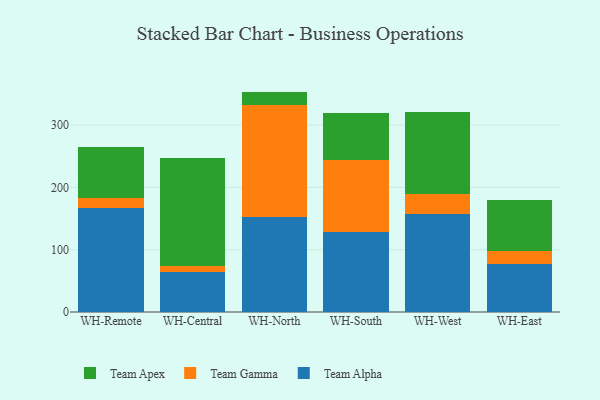
{"axis": {"x": "Warehouse", "y": "Gross Profit (USD K)"}, "legend": ["Team Alpha", "Team Apex", "Team Gamma"], "data": [{"x": "WH-Remote", "y": 167.1, "type": "Team Alpha"}, {"x": "WH-Remote", "y": 16.1, "type": "Team Gamma"}, {"x": "WH-Remote", "y": 81.6, "type": "Team Apex"}, {"x": "WH-Central", "y": 64.0, "type": "Team Alpha"}, {"x": "WH-Central", "y": 9.8, "type": "Team Gamma"}, {"x": "WH-Central", "y": 173.5, "type": "Team Apex"}, {"x": "WH-North", "y": 152.8, "type": "Team Alpha"}, {"x": "WH-North", "y": 179.0, "type": "Team Gamma"}, {"x": "WH-North", "y": 21.9, "type": "Team Apex"}, {"x": "WH-South", "y": 128.6, "type": "Team Alpha"}, {"x": "WH-South", "y": 114.9, "type": "Team Gamma"}, {"x": "WH-South", "y": 75.2, "type": "Team Apex"}, {"x": "WH-West", "y": 157.5, "type": "Team Alpha"}, {"x": "WH-West", "y": 32.3, "type": "Team Gamma"}, {"x": "WH-West", "y": 130.8, "type": "Team Apex"}, {"x": "WH-East", "y": 77.5, "type": "Team Alpha"}, {"x": "WH-East", "y": 20.0, "type": "Team Gamma"}, {"x": "WH-East", "y": 82.4, "type": "Team Apex"}]}